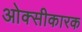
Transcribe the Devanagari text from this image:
ओक्सीकारक